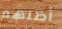
أظنهم